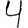
Digit: 4